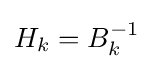
H_{k}=B_{k}^{-1}